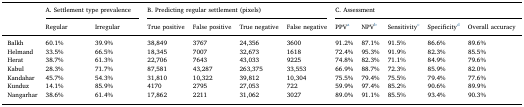
| <ROWSPAN=2>  | <COLSPAN=2> A. Settlement type prevalence | <COLSPAN=4> B. Predicting regular settlement (pixels) | <COLSPAN=5> C. Assessment |
 | Regular | Irregular | True positive | False positive | True negative | False negative | PPVa | NPVb | Sensitivityc | Specificityd | Overall accuracy |
 | --- | --- | --- | --- | --- | --- | --- | --- | --- | --- | --- | --- |
 | Balkh | 60.1% | 39.9% | 38,849 | 3767 | 24,356 | 3600 | 91.2% | 87.1% | 91.5% | 86.6% | 89.6% |
 | Helmand | 33.5% | 66.5% | 18,345 | 7007 | 32,673 | 1618 | 72.4% | 95.3% | 91.9% | 82.3% | 85.5% |
 | Herat | 38.7% | 61.3% | 22,706 | 7643 | 43,033 | 9225 | 74.8% | 82.3% | 71.1% | 84.9% | 79.6% |
 | Kabul | 28.3% | 71.7% | 87,581 | 43,287 | 263,375 | 33,553 | 66.9% | 88.7% | 72.3% | 85.9% | 82.0% |
 | Kandahar | 45.7% | 54.3% | 31,810 | 10,322 | 39,812 | 10,304 | 75.5% | 79.4% | 75.5% | 79.4% | 77.6% |
 | Kunduz | 14.1% | 85.9% | 4170 | 2795 | 27,053 | 722 | 59.9% | 97.4% | 85.2% | 90.6% | 89.9% |
 | Nangarhar | 38.6% | 61.4% | 17,862 | 2211 | 31,062 | 3027 | 89.0% | 91.1% | 85.5% | 93.4% | 90.3% |